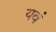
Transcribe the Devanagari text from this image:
यवं